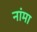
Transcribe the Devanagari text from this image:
नांमा